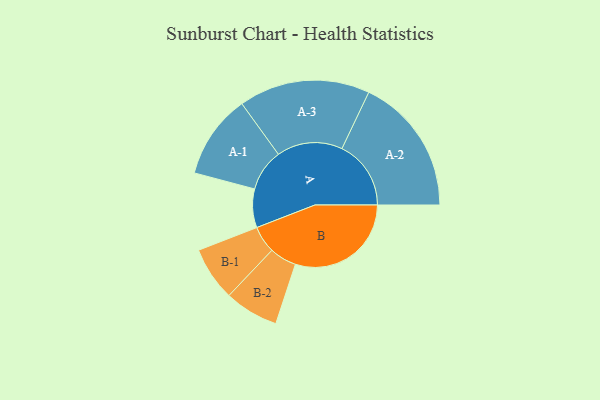
{"axis": {"x": "Segment", "y": "Value"}, "legend": ["", "A", "B"], "data": [{"x": "A", "y": 160, "type": ""}, {"x": "B", "y": 480, "type": ""}, {"x": "A-1", "y": 174, "type": "A"}, {"x": "A-2", "y": 286, "type": "A"}, {"x": "A-3", "y": 272, "type": "A"}, {"x": "B-1", "y": 112, "type": "B"}, {"x": "B-2", "y": 112, "type": "B"}]}